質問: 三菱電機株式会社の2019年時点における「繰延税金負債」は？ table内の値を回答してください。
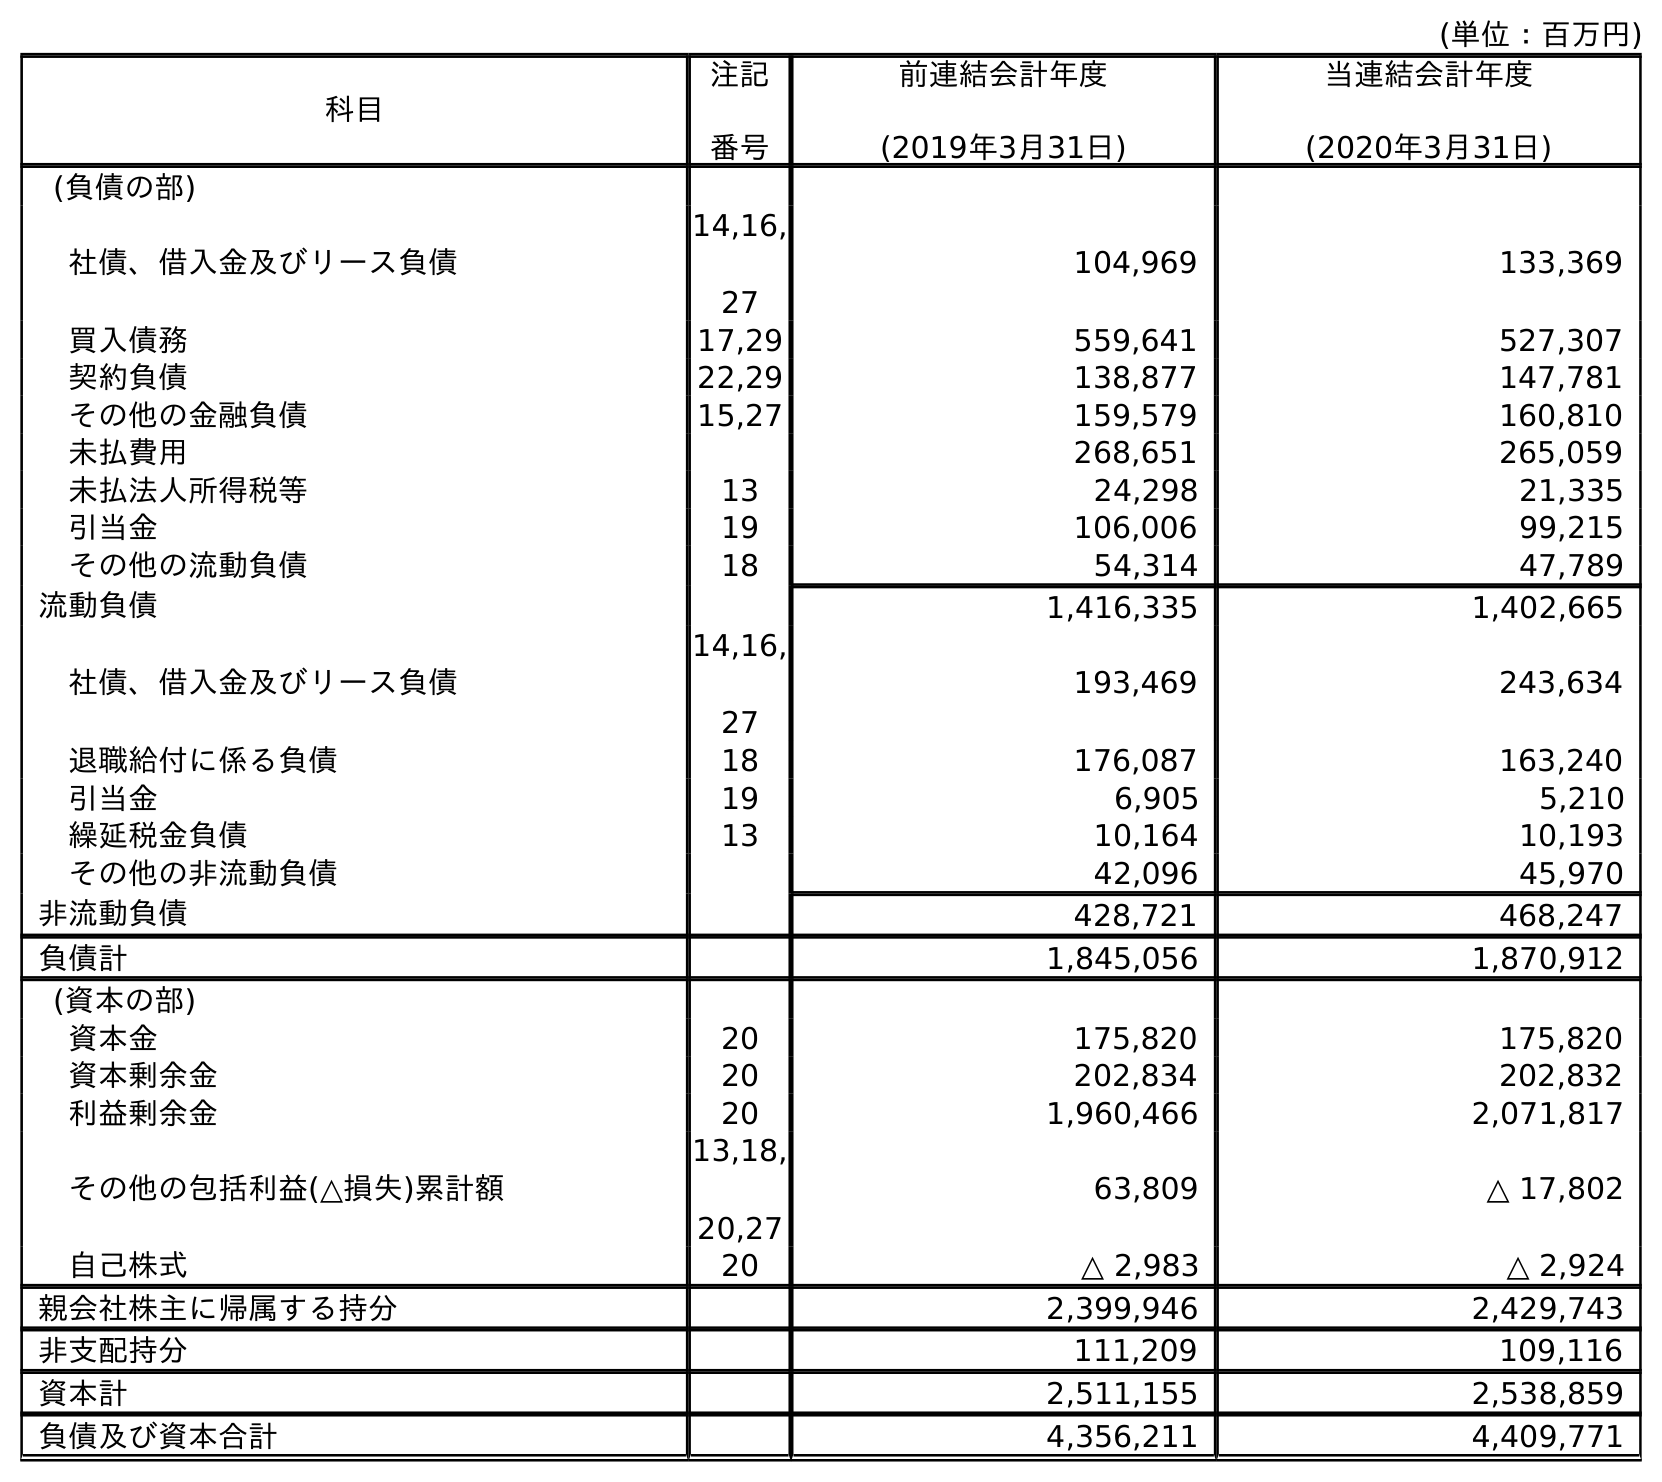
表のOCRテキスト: (単位：百万円) 科目 注記 番号 前連結会計年度 (2019年3月31日) 当連結会計年度 (2020年3月31日) (負債の部) 社債、借入金及びリース負債 14,16, 27 104,969 133,369 買入債務 17,29 559,641 527,307 契約負債 22,29 138,877 147,781 その他の金融負債 15,27 159,579 160,810 未払費用 268,651 265,059 未払法人所得税等 13 24,298 21,335 引当金 19 106,006 99,215 その他の流動負債 18 54,314 47,789 流動負債 1,416,335 1,402,665 社債、借入金及びリース負債 14,16, 27 193,469 243,634 退職給付に係る負債 18 176,087 163,240 引当金 19 6,905 5,210 繰延税金負債 13 10,164 10,193 その他の非流動負債 42,096 45,970 非流動負債 428,721 468,247 負債計 1,845,056 1,870,912 (資本の部) 資本金 20 175,820 175,820 資本剰余金 20 202,834 202,832 利益剰余金 20 1,960,466 2,071,817 その他の包括利益(△損失)累計額 13,18, 20,27 63,809 △ 17,802 自己株式 20 △ 2,983 △ 2,924 親会社株主に帰属する持分 2,399,946 2,429,743 非支配持分 111,209 109,116 資本計 2,511,155 2,538,859 負債及び資本合計 4,356,211 4,409,771
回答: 10,164